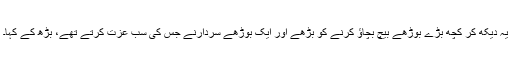
یہ دیکھ کر کچھ بڑے بوڑھے بیچ بچاؤ کرنے کو بڑھے اور ایک بوڑھے سردارنے جس کی سب عزت کرتے تھے، بڑھ کے کہا۔